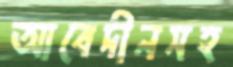
আবেদীনসহ